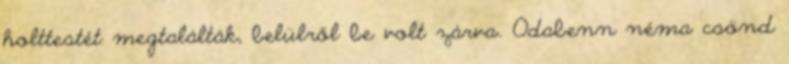
holttestét megtalálták, belülről be volt zárva. Odabenn néma csönd